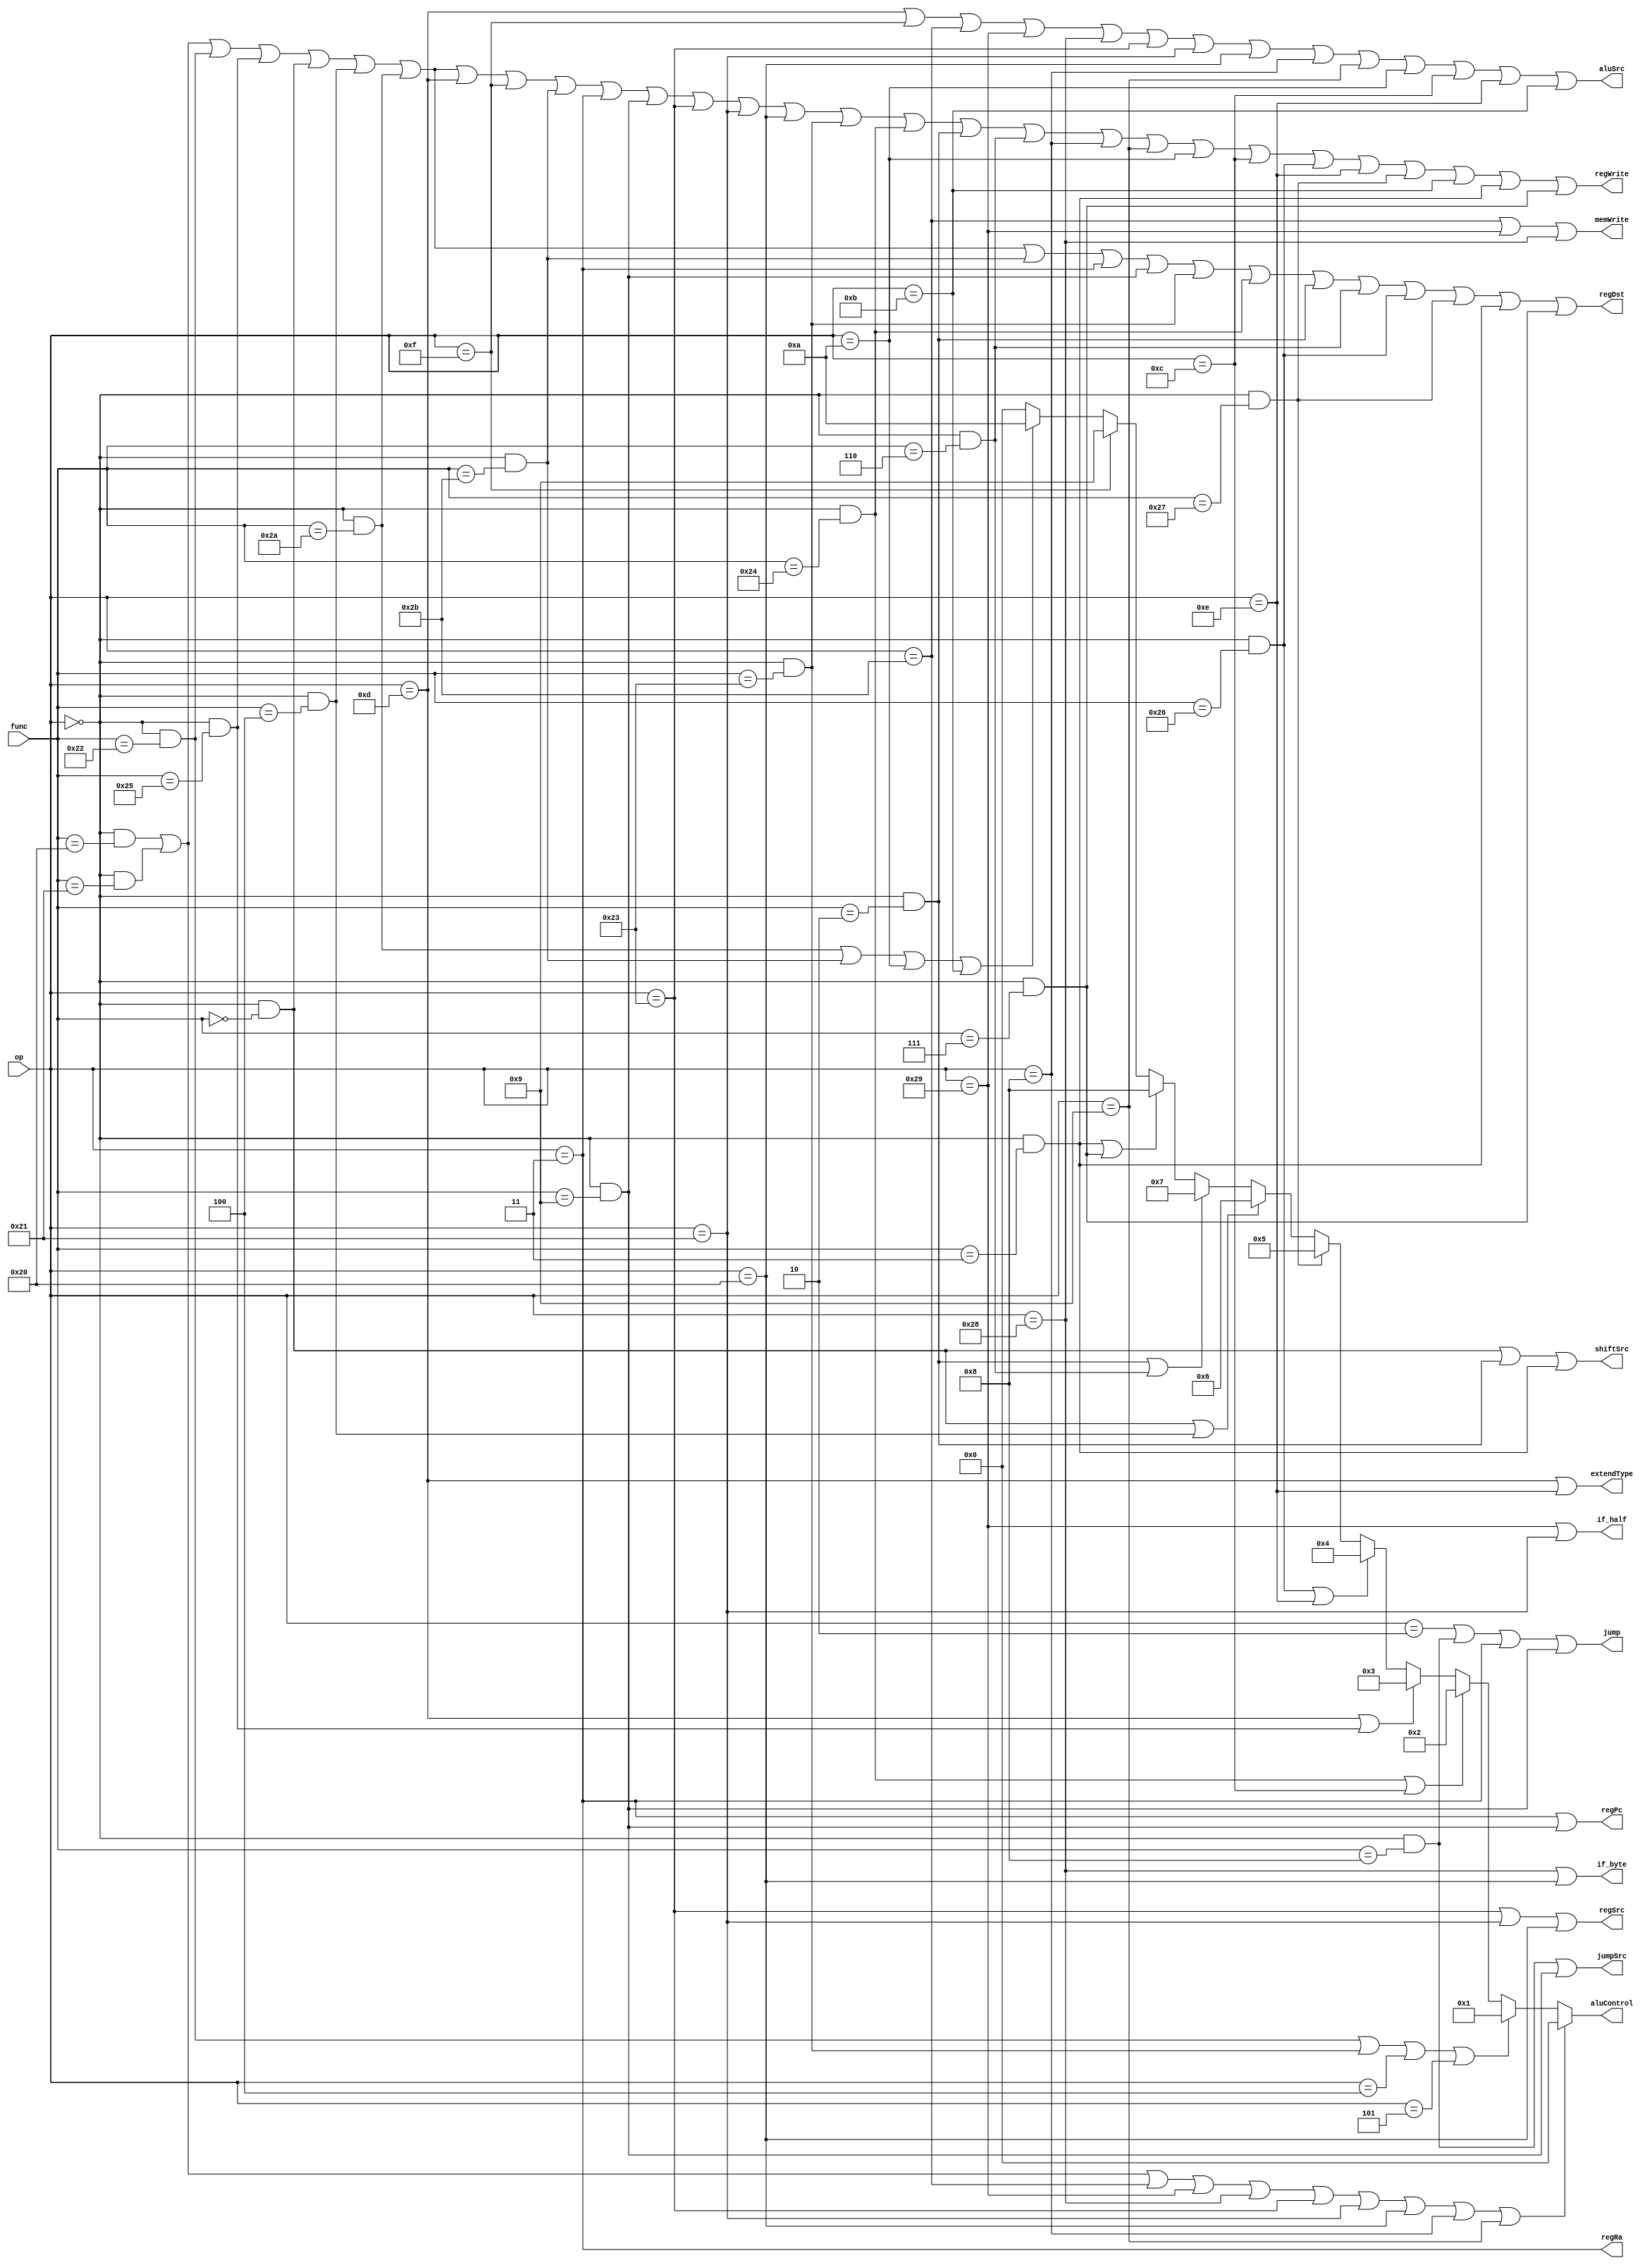
`timescale 1ns / 1ps

module ctrl(
    input [5:0] op,
    input [5:0] func,
    output regWrite,
    output regDst,
    output regRa,
    output regSrc,
    output regPc,
    output aluSrc,
    output extendType,
    output shiftSrc,
    output memWrite,
    output jump,
    output jumpSrc,
    output [3:0] aluControl,
    output if_byte,
    output if_half
    );

wire _add = (op==6'b000000) & (func==6'b100000);
wire _addu = (op==6'b000000) & (func==6'b100001);
wire _sub = (op==6'b000000) & (func==6'b100010);
wire _subu = (op==6'b000000) & (func==6'b100011);
wire _and = (op==6'b000000) & (func==6'b100100);
wire _or = (op==6'b000000) & (func==6'b100101);
wire _xor = (op==6'b000000) & (func==6'b100110);
wire _nor = (op==6'b000000) & (func==6'b100111);
wire _sll = (op==6'b000000) & (func==6'b000000);
wire _sllv = (op==6'b000000) & (func==6'b000100);
wire _srl = (op==6'b000000) & (func==6'b000010);
wire _srlv = (op==6'b000000) & (func==6'b000110);
wire _sra = (op==6'b000000) & (func==6'b000011);
wire _srav = (op==6'b000000) & (func==6'b000111);
wire _slt = (op==6'b000000) & (func==6'b101010);
wire _sltu = (op==6'b000000) & (func==6'b101011);
wire _jr = (op==6'b000000) & (func==6'b001000);
wire _jalr = (op==6'b000000) & (func==6'b001001);

wire _addi = op==6'b001000;
wire _addiu = op==6'b001001;
wire _slti = op==6'b001010;
wire _sltiu = op==6'b001011;
wire _andi = op==6'b001100;
wire _ori = op==6'b001101;
wire _xori = op==6'b001110;
wire _lui = op==6'b001111;
wire _beq = op==6'b000100;
wire _bne = op==6'b000101;
wire _bgez = op==6'b000001;
wire _bgtz = op==6'b000111;
wire _blez = op==6'b000110;
wire _bltz = op==6'b000001;
wire _j = op==6'b000010;
wire _jal = op==6'b000011;
wire _sw = op==6'b101011;
wire _sh = op==6'b101001;
wire _sb = op==6'b101000;
wire _lw = op==6'b100011;
wire _lh = op==6'b100001;
wire _lb = op==6'b100000;

assign regWrite = _add | _addu | _sub | _or | _sll |
                  _sllv | _slt | _ori | _lui | _sltu |
                  _jal | _jalr | _lw | _lh | _lb | _subu |
                  _and | _srl | _srlv | _addi | _addiu |
                  _slti | _andi | _xor | _xori | _nor |
                  _sltiu | _sra | _srav;

assign regDst = _add | _addu | _sub | _or | _sll |
                _sllv | _slt | _sltu | _jal | _jalr |
                _subu | _and | _srl | _srlv | _xor |
                _nor | _sra | _srav;

assign regRa = _jal;

assign regSrc = _lw | _lh | _lb;

assign regPc = _jal | _jalr;

assign aluSrc = _ori | _lui | _sw | _sh | _sb |
                _lw | _lh | _lb | _addi | _addiu |
                _slti | _andi | _xori | _sltiu;

assign extendType = _ori | _xori;

assign shiftSrc = _sll | _srl | _sra;

assign memWrite = _sw | _sh | _sb;

assign jump = _j | _jr | _jal | _jalr;

assign jumpSrc = _jr | _jalr;

assign if_byte = _sb | _lb;

assign if_half = _sh | _lh;

assign aluControl = (_add | _addu | _sw | _sh | _sb | _lw | _lh | _lb | _addi | _addiu) ? 4'b0000 :
                    (_sub | _subu | _beq | _bne) ? 4'b0001 :
                    (_and | _andi) ? 4'b0010 :
                    (_ori | _or) ? 4'b0011 :
                    (_xor | _xori) ? 4'b0100 :
                    (_nor) ? 4'b0101 :
                    (_sll | _sllv) ? 4'b0110 :
                    (_srl | _srlv) ? 4'b0111 :
                    (_sra | _srav) ? 4'b1000 :
                    (_lui) ? 4'b1001 :
                    (_slt | _sltu | _slti | _sltiu) ? 4'b1010 : 
                    4'b0000;


endmodule